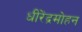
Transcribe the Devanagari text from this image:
धीरेंद्रमोहन